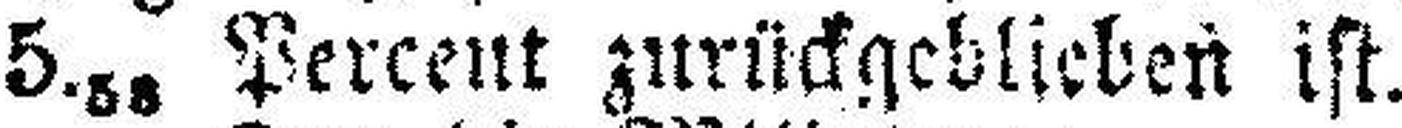
5.58 Percent zurückgeblieben ist.